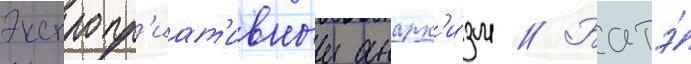
Экспропр'иат'ивныи анарх'и́зм // Батэ́